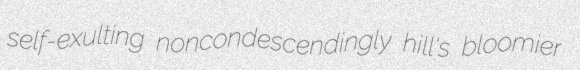
self-exulting noncondescendingly hill's bloomier